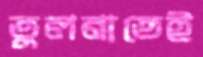
তুলনাতেই